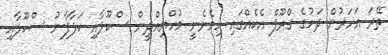
ތޭރަ އަހަރުން ދަށުގެ ގްރޫޕް އެކެއްގައި ހިމެނެނީ މުހްޔިއްދީން ސްކޫލާއި ކަލާފާނު ސްކޫލާއި